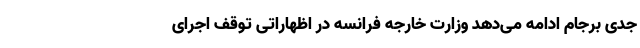
جدی برجام ادامه می‌دهد وزارت خارجه فرانسه در اظهاراتی توقف اجرای